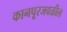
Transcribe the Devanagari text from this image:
कानपूरजवळील